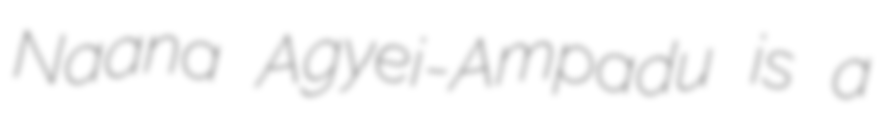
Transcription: Naana Agyei-Ampadu is a